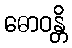
ဓောဝန္တိ